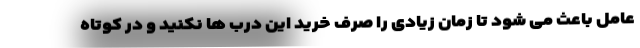
عامل باعث می شود تا زمان زیادی را صرف خرید این درب ها نکنید و در کوتاه